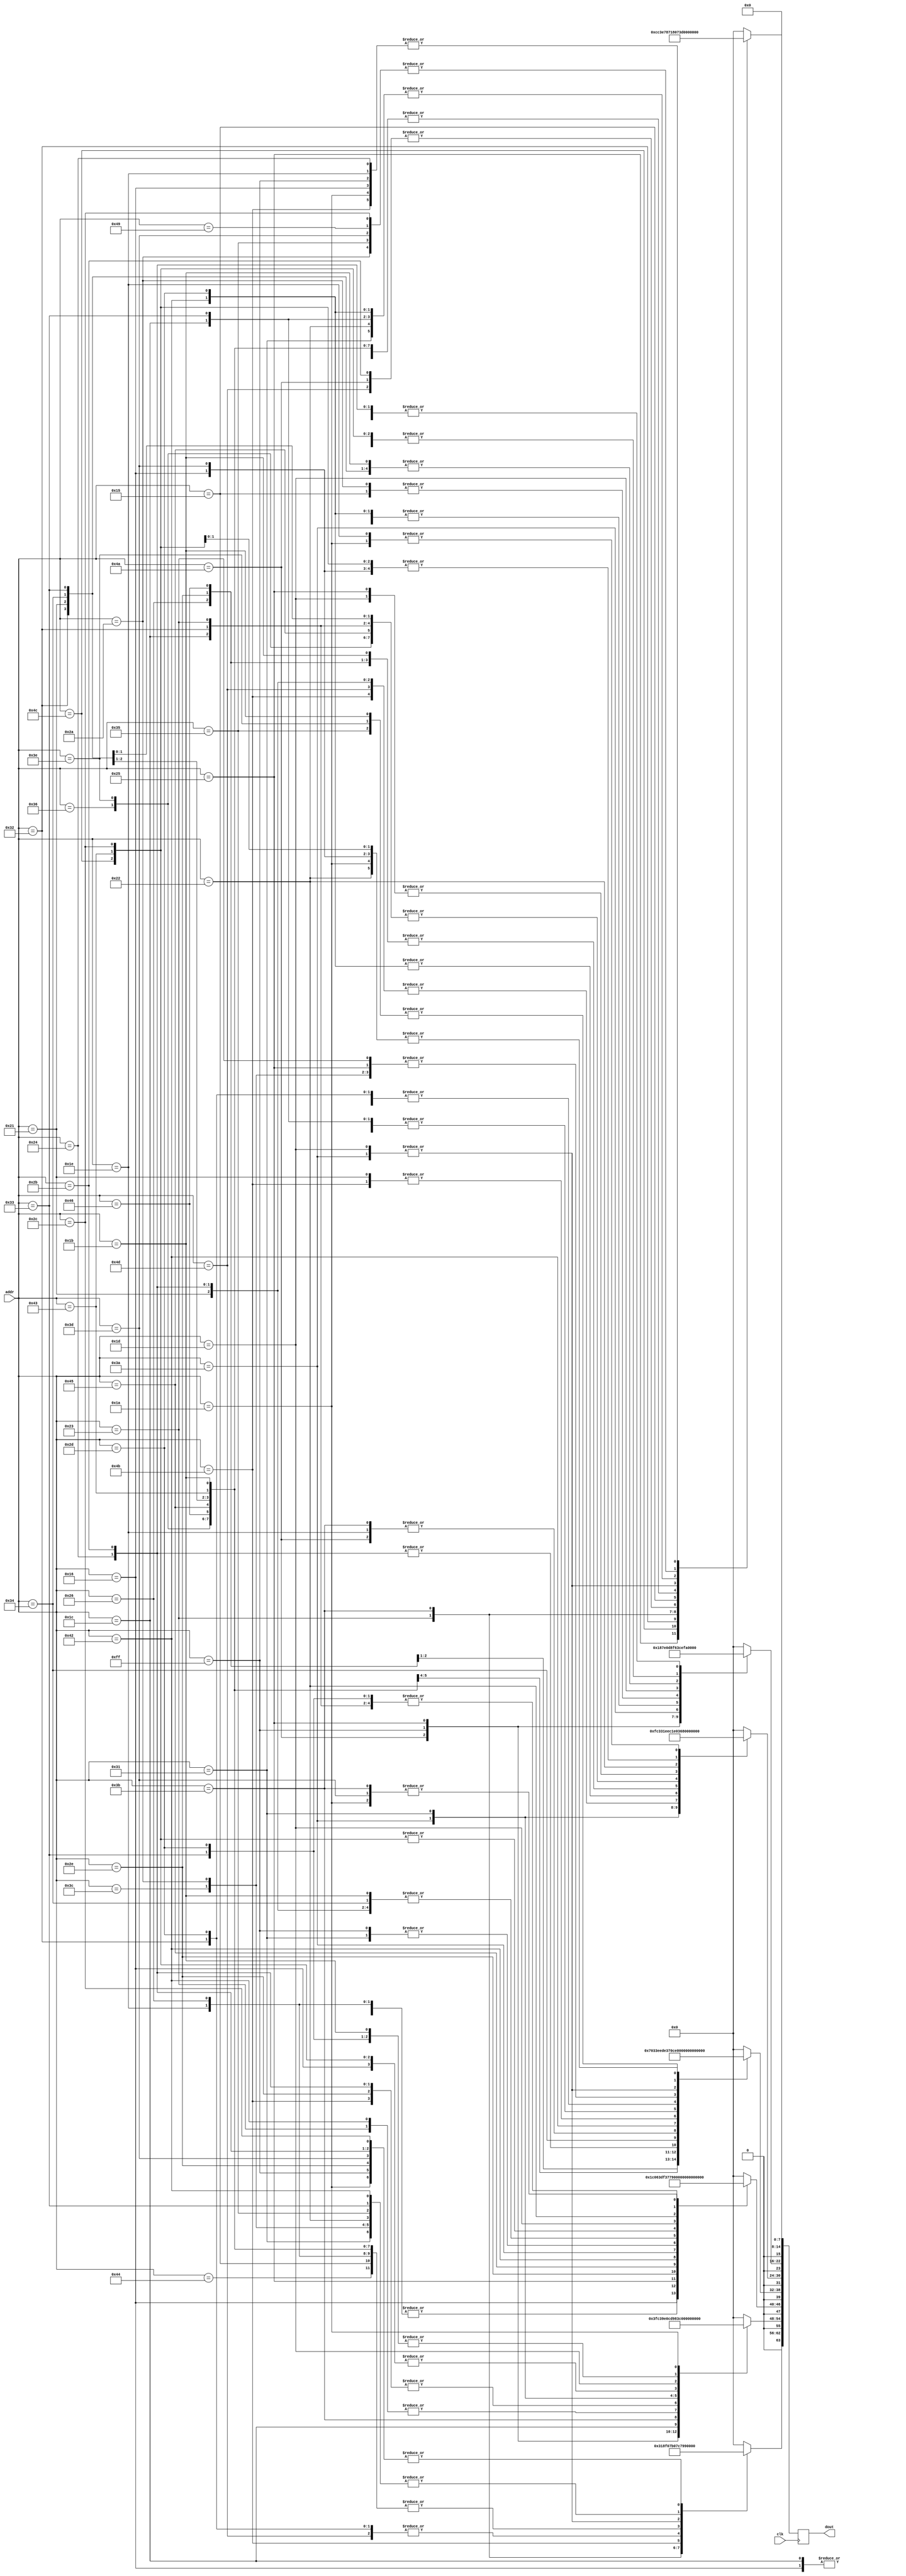
`timescale 1ns / 1ps
//////////////////////////////////////////////////////////////////////////////////
// Company: 
// Engineer: 
// 
// Design Name: 
// Module Name:    dout_ROM 
// Project Name: 
// Target Devices: 
// Tool versions: 
// Description: 
//
// Dependencies: 
//
// Revision: 
// Revision 0.01 - File Created
// Additional Comments: 
//
//////////////////////////////////////////////////////////////////////////////////
module char_ROM(clk, addr, dout);
    input clk;
    input [7:0] addr;
    output [63:0] dout;
	 
	 reg [63:0] dout;
	
	always @(posedge clk)
		case(addr)
			
			
			8'h4A	: // /
						begin
						dout[63:56] 	<= 8'b00000000 ;
						dout[55:48] 	<= 8'b00000011 ;
						dout[47:40] 	<= 8'b00000110 ;
						dout[39:32] 	<=	8'b00001100 ;
						dout[31:24] 	<=	8'b00011000 ;
						dout[23:16]		<=	8'b00110000 ;
						dout[15:8] 		<=	8'b01100000 ;
						dout[7:0]		<=	8'b00000000 ;
						end			
			
			8'h00 : //
						begin
						dout[63:56] 	<= 8'b00000000 ;
						dout[55:48] 	<= 8'b00000000 ;
						dout[47:40] 	<= 8'b00000000 ;
						dout[39:32] 	<=	8'b00000000 ;
						dout[31:24] 	<=	8'b00000000 ;
						dout[23:16]		<=	8'b00000000 ;
						dout[15:8] 		<=	8'b00000000 ;
						dout[7:0]		<=	8'b00000000 ;
						end
						
	
						
			8'h16	: 	//1
						begin
						dout[63:56]		<= 8'b00011000 ;
						dout[55:48]		<= 8'b00011000 ;
						dout[47:40]		<= 8'b00111000 ;
						dout[39:32]		<=	8'b00011000 ;
						dout[31:24]		<=	8'b00011000 ;
						dout[23:16]		<=	8'b00011000 ;
						dout[15:8]		<=	8'b01111110 ;
						dout[7:0]		<=	8'b00000000 ;
						end
						
			8'hFF	:	//
						begin
						dout[63:56] 	<= 8'b01111110 ;
						dout[55:48] 	<= 8'b01111110 ;
						dout[47:40] 	<= 8'b01111110 ;
						dout[39:32] 	<=	8'b01111110 ;
						dout[31:24] 	<=	8'b01111110 ;
						dout[23:16]		<=	8'b01111110 ;
						dout[15:8] 		<=	8'b01111110 ;
						dout[7:0]		<=	8'b00000000 ;
						end
						
							
			8'h1E	:	//2
						begin
						dout[63:56]		<= 8'b00111100 ;
						dout[55:48]		<= 8'b01100110 ;
						dout[47:40]		<= 8'b00000110 ;
						dout[39:32]		<=	8'b00001100 ;
						dout[31:24]		<=	8'b00110000 ;
						dout[23:16]		<=	8'b01100000 ;
						dout[15:8] 		<=	8'b01111110 ;
						dout[7:0]		<=	8'b00000000 ;
						end
						
												
			8'h26	:	//3
						begin
						dout[63:56]		<= 8'b00111100 ;
						dout[55:48] 	<= 8'b01100110 ;
						dout[47:40] 	<= 8'b00000110 ;
						dout[39:32]		<=	8'b00011100 ;
						dout[31:24] 	<=	8'b00000110 ;
						dout[23:16]		<=	8'b01100110 ;
						dout[15:8] 		<=	8'b00111100 ;
						dout[7:0]		<=	8'b00000000 ;
						end
						
			8'h25	: //4
						begin
						dout[63:56]		<= 8'b00000110 ;
						dout[55:48]		<= 8'b00001110 ;
						dout[47:40]		<= 8'b00011110 ;
						dout[39:32] 	<=	8'b01100110 ;
						dout[31:24] 	<=	8'b01111111 ;
						dout[23:16]		<=	8'b00000110 ;
						dout[15:8]		<=	8'b00000110 ;
						dout[7:0]		<=	8'b00000000 ;
						end
	 
			8'h2E	: // 5
						begin
						dout[63:56] 	<= 8'b01111110 ;
						dout[55:48] 	<= 8'b01100000 ;
						dout[47:40] 	<= 8'b01111100 ;
						dout[39:32] 	<=	8'b00000110 ;
						dout[31:24] 	<=	8'b00000110 ;
						dout[23:16]		<=	8'b01100110 ;
						dout[15:8] 		<=	8'b00111100 ;
						dout[7:0]		<=	8'b00000000 ;
						end


			8'h36	: // 6
						begin
						dout[63:56] 	<= 8'b00111100 ;
						dout[55:48] 	<= 8'b01100110 ;
						dout[47:40] 	<= 8'b01100000 ;
						dout[39:32] 	<=	8'b01111100 ;
						dout[31:24] 	<=	8'b01100110 ;
						dout[23:16]		<=	8'b01100110 ;
						dout[15:8] 		<=	8'b00111100 ;
						dout[7:0]		<=	8'b00000000 ;
						end
						

			8'h3D	: // 7
						begin
						dout[63:56] 	<= 8'b01111110 ;
						dout[55:48] 	<= 8'b01100110 ;
						dout[47:40] 	<= 8'b00001100 ;
						dout[39:32] 	<=	8'b00011000 ;
						dout[31:24] 	<=	8'b00011000 ;
						dout[23:16]		<=	8'b00011000 ;
						dout[15:8] 		<=	8'b00011000 ;
						dout[7:0]		<=	8'b00000000 ;
						end	
				
			8'h3E	: // 8
						begin
						dout[63:56] 	<= 8'b00111100 ;
						dout[55:48] 	<= 8'b01100110 ;
						dout[47:40] 	<= 8'b01100110 ;
						dout[39:32] 	<=	8'b00111100 ;
						dout[31:24] 	<=	8'b01100110 ;
						dout[23:16]		<=	8'b01100110 ;
						dout[15:8] 		<=	8'b00111100 ;
						dout[7:0]		<=	8'b00000000 ;
						end
 
			8'h46	: // 9
						begin
						dout[63:56] 	<= 8'b00111100 ;
						dout[55:48] 	<= 8'b01100110 ;
						dout[47:40] 	<= 8'b01100110 ;
						dout[39:32] 	<=	8'b00111110 ;
						dout[31:24] 	<=	8'b00000110 ;
						dout[23:16]		<=	8'b01100110 ;
						dout[15:8] 		<=	8'b00111100 ;
						dout[7:0]		<=	8'b00000000 ;
						end
			8'h49	: // .
						begin
						dout[63:56] 	<= 8'b00000000 ;
						dout[55:48] 	<= 8'b00000000 ;
						dout[47:40] 	<= 8'b00000000 ;
						dout[39:32] 	<=	8'b00000000 ;
						dout[31:24] 	<=	8'b00000000 ;
						dout[23:16]		<=	8'b00011000 ;
						dout[15:8] 		<=	8'b00011000 ;
						dout[7:0]		<=	8'b00000000 ;
						end

			
	
			8'h45	: // 0
						begin
						dout[63:56] 	<= 8'b00111100 ;
						dout[55:48] 	<= 8'b01100110 ;
						dout[47:40] 	<= 8'b01101110 ;
						dout[39:32] 	<=	8'b01110110 ;
						dout[31:24] 	<=	8'b01100110 ;
						dout[23:16]		<=	8'b01100110 ;
						dout[15:8] 		<=	8'b00111100 ;
						dout[7:0]		<=	8'b00000000 ;
						end
						
			/*8'h	: // :
						begin
						dout[63:56] 	<= 8'b00000000 ;
						dout[55:48] 	<= 8'b00011000 ;
						dout[47:40] 	<= 8'b00011000 ;
						dout[39:32] 	<=	8'b00000000 ;
						dout[31:24] 	<=	8'b00011000 ;
						dout[23:16]		<=	8'b00011000 ;
						dout[15:8] 		<=	8'b00000000 ;
						dout[7:0]		<=	8'b00000000 ;
						end*/
						
			8'h4C	: // ;
						begin
						dout[63:56] 	<= 8'b00000000 ;
						dout[55:48] 	<= 8'b00011000 ;
						dout[47:40] 	<= 8'b00011000 ;
						dout[39:32] 	<=	8'b00000000 ;
						dout[31:24] 	<=	8'b00011000 ;
						dout[23:16]		<=	8'b00011000 ;
						dout[15:8] 		<=	8'b00110000 ;
						dout[7:0]		<=	8'b00000000 ;
						end
						
			8'h1C	: //A
						begin
						dout[63:56] 	<= 8'b00011000 ;
						dout[55:48] 	<= 8'b00111100 ;
						dout[47:40] 	<= 8'b01100110 ;
						dout[39:32] 	<=	8'b01111110 ;
						dout[31:24] 	<=	8'b01100110 ;
						dout[23:16]		<=	8'b01100110 ;
						dout[15:8] 		<=	8'b01100110 ;
						dout[7:0]		<=	8'b00000000 ;
						end

			8'h32	: // B
						begin
						dout[63:56] 	<= 8'b01111100 ;
						dout[55:48] 	<= 8'b01100110 ;
						dout[47:40] 	<= 8'b01100110 ;
						dout[39:32] 	<=	8'b01111100 ;
						dout[31:24] 	<=	8'b01100110 ;
						dout[23:16]		<=	8'b01100110 ;
						dout[15:8] 		<=	8'b01111100 ;
						dout[7:0]		<=	8'b00000000 ;
						end
						
			8'h21	: // C
						begin
						dout[63:56] 	<= 8'b00111100 ;
						dout[55:48] 	<= 8'b01100110 ;
						dout[47:40] 	<= 8'b01100000 ;
						dout[39:32] 	<=	8'b01100000 ;
						dout[31:24] 	<=	8'b01100000 ;
						dout[23:16]		<=	8'b01100110 ;
						dout[15:8] 		<=	8'b00111100 ;
						dout[7:0]		<=	8'b00000000 ;
						end
						
			8'h23	: // D
						begin
						dout[63:56] 	<= 8'b01111000 ;
						dout[55:48] 	<= 8'b01101100 ;
						dout[47:40] 	<= 8'b01100110 ;
						dout[39:32] 	<=	8'b01100110 ;
						dout[31:24] 	<=	8'b01100110 ;
						dout[23:16]		<=	8'b01101100 ;
						dout[15:8] 		<=	8'b01111000 ;
						dout[7:0]		<=	8'b00000000 ;
						end
						
			8'h24	: // E
						begin
						dout[63:56] 	<= 8'b01111110 ;
						dout[55:48] 	<= 8'b01100000 ;
						dout[47:40] 	<= 8'b01100000 ;
						dout[39:32] 	<=	8'b01111000 ;
						dout[31:24] 	<=	8'b01100000 ;
						dout[23:16]		<=	8'b01100000 ;
						dout[15:8] 		<=	8'b01111110 ;
						dout[7:0]		<=	8'b00000000 ;
						end
						
			8'h2B	: // F
						begin
						dout[63:56] 	<= 8'b01111110 ;
						dout[55:48] 	<= 8'b01100000 ;
						dout[47:40] 	<= 8'b01100000 ;
						dout[39:32] 	<=	8'b01111000 ;
						dout[31:24] 	<=	8'b01100000 ;
						dout[23:16]		<=	8'b01100000 ;
						dout[15:8] 		<=	8'b01100000 ;
						dout[7:0]		<=	8'b00000000 ;
						end
						
			8'h34	: // G
						begin
						dout[63:56] 	<= 8'b00111100 ;
						dout[55:48] 	<= 8'b01100110 ;
						dout[47:40] 	<= 8'b01100000 ;
						dout[39:32] 	<=	8'b01101110 ;
						dout[31:24] 	<=	8'b01100110 ;
						dout[23:16]		<=	8'b01100110 ;
						dout[15:8] 		<=	8'b00111100 ;
						dout[7:0]		<=	8'b00000000 ;
						end
						
			8'h33	: // H
						begin
						dout[63:56] 	<= 8'b01100110 ;
						dout[55:48] 	<= 8'b01100110 ;
						dout[47:40] 	<= 8'b01100110 ;
						dout[39:32] 	<=	8'b01111110 ;
						dout[31:24] 	<=	8'b01100110 ;
						dout[23:16]		<=	8'b01100110 ;
						dout[15:8] 		<=	8'b01100110 ;
						dout[7:0]		<=	8'b00000000 ;
						end
						
			8'h43	: // I
						begin
						dout[63:56] 	<= 8'b00111100 ;
						dout[55:48] 	<= 8'b00011000 ;
						dout[47:40] 	<= 8'b00011000 ;
						dout[39:32] 	<=	8'b00011000 ;
						dout[31:24] 	<=	8'b00011000 ;
						dout[23:16]		<=	8'b00011000 ;
						dout[15:8] 		<=	8'b00111100 ;
						dout[7:0]		<=	8'b00000000 ;
						end
						
			8'h3B	: // J
						begin
						dout[63:56] 	<= 8'b00011110 ;
						dout[55:48] 	<= 8'b00001100 ;
						dout[47:40] 	<= 8'b00001100 ;
						dout[39:32] 	<=	8'b00001100 ;
						dout[31:24] 	<=	8'b00001100 ;
						dout[23:16]		<=	8'b01101100 ;
						dout[15:8] 		<=	8'b00111000 ;
						dout[7:0]		<=	8'b00000000 ;
						end
						
			8'h42	: // K
						begin
						dout[63:56] 	<= 8'b01100110 ;
						dout[55:48] 	<= 8'b01101100 ;
						dout[47:40] 	<= 8'b01111000 ;
						dout[39:32] 	<=	8'b01110000 ;
						dout[31:24] 	<=	8'b01111000 ;
						dout[23:16]		<=	8'b01101100 ;
						dout[15:8] 		<=	8'b01100110 ;
						dout[7:0]		<=	8'b00000000 ;
						end
						
			8'h4B	: // L
						begin
						dout[63:56] 	<= 8'b01100000 ;
						dout[55:48] 	<= 8'b01100000 ;
						dout[47:40] 	<= 8'b01100000 ;
						dout[39:32] 	<=	8'b01100000 ;
						dout[31:24] 	<=	8'b01100000 ;
						dout[23:16]		<=	8'b01100000 ;
						dout[15:8] 		<=	8'b01111110 ;
						dout[7:0]		<=	8'b00000000 ;
						end
						
			8'h3A	: // M
						begin
						dout[63:56] 	<= 8'b01100011 ;
						dout[55:48] 	<= 8'b01110111 ;
						dout[47:40] 	<= 8'b01111111 ;
						dout[39:32] 	<=	8'b01101011 ;
						dout[31:24] 	<=	8'b01100011 ;
						dout[23:16]		<=	8'b01100011 ;
						dout[15:8] 		<=	8'b01100011 ;
						dout[7:0]		<=	8'b00000000 ;
						end
						
			8'h31	: // N
						begin
						dout[63:56] 	<= 8'b01100110 ;
						dout[55:48] 	<= 8'b01110110 ;
						dout[47:40] 	<= 8'b01111110 ;
						dout[39:32] 	<=	8'b01111110 ;
						dout[31:24] 	<=	8'b01101110 ;
						dout[23:16]		<=	8'b01100110 ;
						dout[15:8] 		<=	8'b01100110 ;
						dout[7:0]		<=	8'b00000000 ;
						end
						
			8'h44	: // O
						begin
						dout[63:56] 	<= 8'b00111100 ;
						dout[55:48] 	<= 8'b01100110 ;
						dout[47:40] 	<= 8'b01100110 ;
						dout[39:32] 	<=	8'b01100110 ;
						dout[31:24] 	<=	8'b01100110 ;
						dout[23:16]		<=	8'b01100110 ;
						dout[15:8] 		<=	8'b00111100 ;
						dout[7:0]		<=	8'b00000000 ;
						end
						
			8'h4D	: // P
						begin
						dout[63:56] 	<= 8'b01111100 ;
						dout[55:48] 	<= 8'b01100110 ;
						dout[47:40] 	<= 8'b01100110 ;
						dout[39:32] 	<=	8'b01111100 ;
						dout[31:24] 	<=	8'b01100000 ;
						dout[23:16]		<=	8'b01100000 ;
						dout[15:8] 		<=	8'b01100000 ;
						dout[7:0]		<=	8'b00000000 ;
						end
						
			8'h15	: // Q
						begin
						dout[63:56] 	<= 8'b00111100 ;
						dout[55:48] 	<= 8'b01100110 ;
						dout[47:40] 	<= 8'b01100110 ;
						dout[39:32] 	<=	8'b01100110 ;
						dout[31:24] 	<=	8'b01100110 ;
						dout[23:16]		<=	8'b00111100 ;
						dout[15:8] 		<=	8'b00001110 ;
						dout[7:0]		<=	8'b00000000 ;
						end
						
			8'h2D	: // R
						begin
						dout[63:56] 	<= 8'b01111100 ;
						dout[55:48] 	<= 8'b01100110 ;
						dout[47:40] 	<= 8'b01100110 ;
						dout[39:32] 	<=	8'b01111100 ;
						dout[31:24] 	<=	8'b01111000 ;
						dout[23:16]		<=	8'b01101100 ;
						dout[15:8] 		<=	8'b01100110 ;
						dout[7:0]		<=	8'b00000000 ;
						end
						
			8'h1B	: // S
						begin
						dout[63:56] 	<= 8'b00111100 ;
						dout[55:48] 	<= 8'b01100110 ;
						dout[47:40] 	<= 8'b01100000 ;
						dout[39:32] 	<=	8'b00111100 ;
						dout[31:24] 	<=	8'b00000110 ;
						dout[23:16]		<=	8'b01100110 ;
						dout[15:8] 		<=	8'b00111100 ;
						dout[7:0]		<=	8'b00000000 ;
						end
						
			8'h2C	: //T
						begin
						dout[63:56] 	<= 8'b01111110 ;
						dout[55:48] 	<= 8'b00011000 ;
						dout[47:40] 	<= 8'b00011000 ;
						dout[39:32] 	<=	8'b00011000 ;
						dout[31:24] 	<=	8'b00011000 ;
						dout[23:16]		<=	8'b00011000 ;
						dout[15:8] 		<=	8'b00011000 ;
						dout[7:0]		<=	8'b00000000 ;
						end
						
			8'h3C	: //U
						begin
						dout[63:56] 	<= 8'b01100110 ;
						dout[55:48] 	<= 8'b01100110 ;
						dout[47:40] 	<= 8'b01100110 ;
						dout[39:32] 	<=	8'b01100110 ;
						dout[31:24] 	<=	8'b01100110 ;
						dout[23:16]		<=	8'b01100110 ;
						dout[15:8] 		<=	8'b00111100 ;
						dout[7:0]		<=	8'b00000000 ;
						end
						
			8'h2A	: //V
						begin
						dout[63:56] 	<= 8'b01100110 ;
						dout[55:48] 	<= 8'b01100110 ;
						dout[47:40] 	<= 8'b01100110 ;
						dout[39:32] 	<=	8'b01100110 ;
						dout[31:24] 	<=	8'b01100110 ;
						dout[23:16]		<=	8'b00111100 ;
						dout[15:8] 		<=	8'b00011000 ;
						dout[7:0]		<=	8'b00000000 ;
						end
						
			8'h1D	: //W
						begin
						dout[63:56] 	<= 8'b01100011 ;
						dout[55:48] 	<= 8'b01100011 ;
						dout[47:40] 	<= 8'b01100011 ;
						dout[39:32] 	<=	8'b01101011 ;
						dout[31:24] 	<=	8'b01111111 ;
						dout[23:16]		<=	8'b01110111 ;
						dout[15:8] 		<=	8'b01100011 ;
						dout[7:0]		<=	8'b00000000 ;
						end
						
			8'h22	: //X
						begin
						dout[63:56] 	<= 8'b01100110 ;
						dout[55:48] 	<= 8'b01100110 ;
						dout[47:40] 	<= 8'b00111100 ;
						dout[39:32] 	<=	8'b00011000 ;
						dout[31:24] 	<=	8'b00111100 ;
						dout[23:16]		<=	8'b01100110 ;
						dout[15:8] 		<=	8'b01100110 ;
						dout[7:0]		<=	8'b00000000 ;
						end
						
			8'h35	: //Y
						begin
						dout[63:56] 	<= 8'b01100110 ;
						dout[55:48] 	<= 8'b01100110 ;
						dout[47:40] 	<= 8'b01100110 ;
						dout[39:32] 	<=	8'b00111100 ;
						dout[31:24] 	<=	8'b00011000 ;
						dout[23:16]		<=	8'b00011000 ;
						dout[15:8] 		<=	8'b00011000 ;
						dout[7:0]		<=	8'b00000000 ;
						end
						
			/*8'h	: //
						begin
						dout[63:56] 	<= 8'b ;
						dout[55:48] 	<= 8'b ;
						dout[47:40] 	<= 8'b ;
						dout[39:32] 	<=	8'b ;
						dout[31:24] 	<=	8'b ;
						dout[23:16]		<=	8'b ;
						dout[15:8] 		<=	8'b ;
						dout[7:0]		<=	8'b00000000 ;
						end*/
						
			8'h1A	: // Z
						begin
						dout[63:56] 	<= 8'b01111110 ;
						dout[55:48] 	<= 8'b00000110 ;
						dout[47:40] 	<= 8'b00001100 ;
						dout[39:32] 	<=	8'b00011000 ;
						dout[31:24] 	<=	8'b00110000 ;
						dout[23:16]		<=	8'b01100000 ;
						dout[15:8] 		<=	8'b01111110 ;
						dout[7:0]		<=	8'b00000000 ;
						end
			
			default dout<=0;
			
		endcase

endmodule